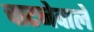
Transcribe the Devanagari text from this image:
चाटनेवाले